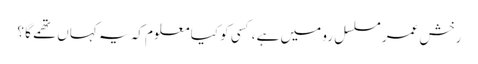
رخش عمر مسلسل رو میں ہے ،کسی کو کیا معلوم کہ یہ کہاں تھمے گا ؟